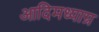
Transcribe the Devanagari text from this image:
आदिमध्याग्र